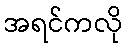
အရင်ကလို